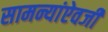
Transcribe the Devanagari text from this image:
सामन्यांऐवजी